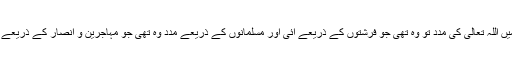
} بدر میں اللہ تعالیٰ کی مدد تو وہ تھی جو فرشتوں کے ذریعے آئی اور مسلمانوں کے ذریعے مدد وہ تھی جو مہاجرین و انصار کے ذریعے پہنچی۔